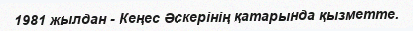
1981 жылдан - Кеңес Әскерінің қатарында қызметте.